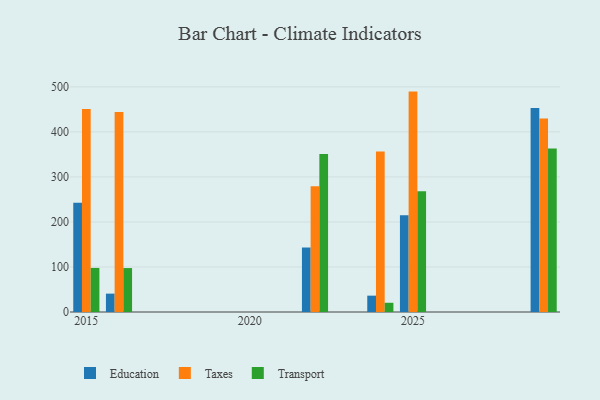
{"axis": {"x": "Year", "y": "Conversion Rate (%)"}, "legend": ["Education", "Taxes", "Transport"], "data": [{"x": "2024", "y": 36.3, "type": "Education"}, {"x": "2024", "y": 356.4, "type": "Taxes"}, {"x": "2024", "y": 20.5, "type": "Transport"}, {"x": "2025", "y": 215.1, "type": "Education"}, {"x": "2025", "y": 489.5, "type": "Taxes"}, {"x": "2025", "y": 268.0, "type": "Transport"}, {"x": "2022", "y": 143.2, "type": "Education"}, {"x": "2022", "y": 279.1, "type": "Taxes"}, {"x": "2022", "y": 351.1, "type": "Transport"}, {"x": "2016", "y": 40.8, "type": "Education"}, {"x": "2016", "y": 444.3, "type": "Taxes"}, {"x": "2016", "y": 97.6, "type": "Transport"}, {"x": "2029", "y": 453.0, "type": "Education"}, {"x": "2029", "y": 429.7, "type": "Taxes"}, {"x": "2029", "y": 363.0, "type": "Transport"}, {"x": "2015", "y": 242.6, "type": "Education"}, {"x": "2015", "y": 450.9, "type": "Taxes"}, {"x": "2015", "y": 97.9, "type": "Transport"}]}